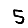
Digit: 5